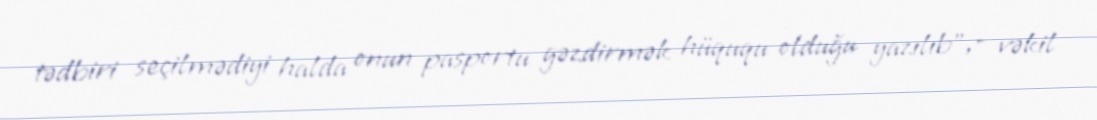
tədbiri seçilmədiyi halda onun pasportu gəzdirmək hüququ olduğu yazılıb”,- vəkil